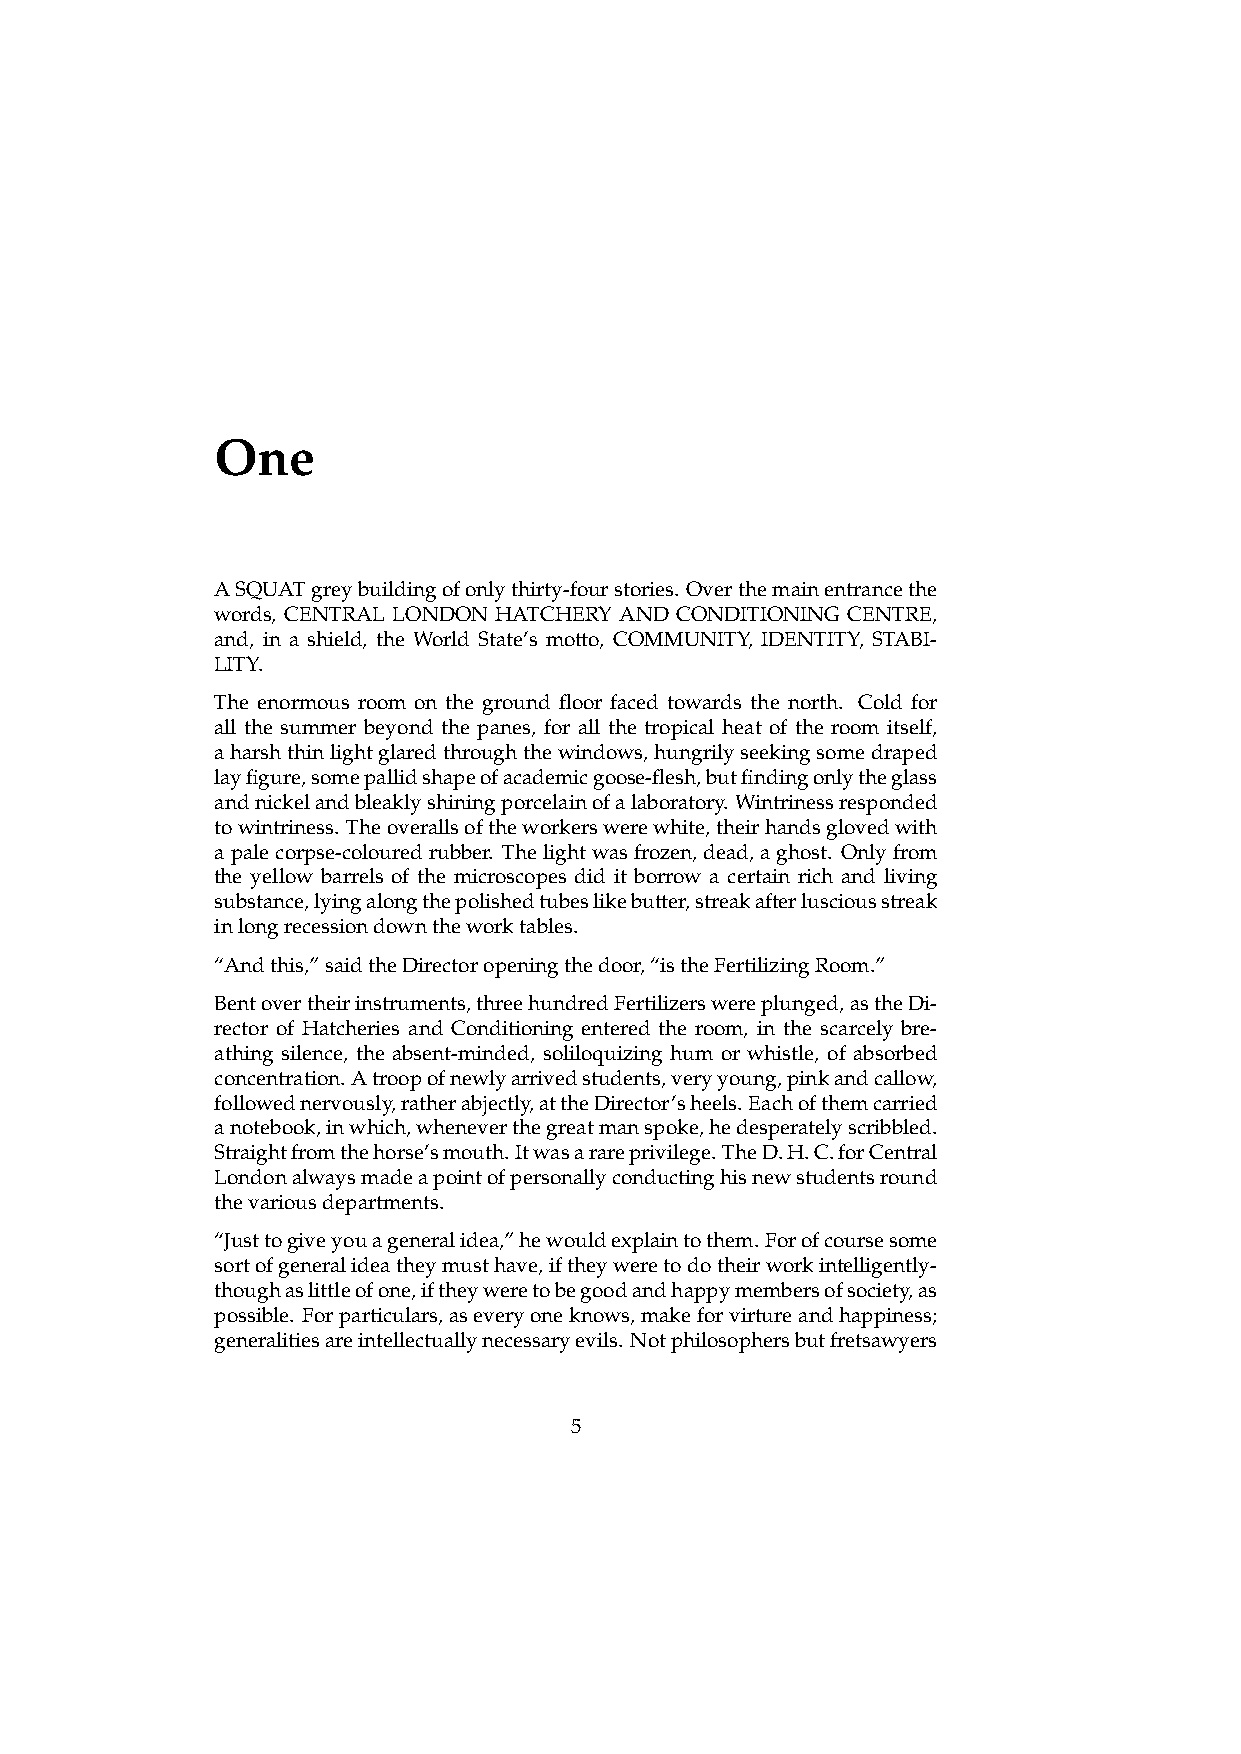
One
 ASQUATgreybuildingofonlythirty-fourstories. Overthemainentrancethe
 words, CENTRAL LONDON HATCHERY AND CONDITIONING CENTRE,
 and, in a shield, the World State’s motto, COMMUNITY, IDENTITY, STABI-
 LITY.
 The enormous room on the ground floor faced towards the north. Cold for
 all the summer beyond the panes, for all the tropical heat of the room itself,
 aharshthinlightglaredthroughthewindows,hungrilyseekingsomedraped
 layfigure,somepallidshapeofacademicgoose-flesh,butfindingonlytheglass
 andnickelandbleaklyshiningporcelainofalaboratory. Wintrinessresponded
 towintriness. Theoverallsoftheworkerswerewhite,theirhandsglovedwith
 apalecorpse-colouredrubber. Thelightwasfrozen,dead,aghost. Onlyfrom
 the yellow barrels of the microscopes did it borrow a certain rich and living
 substance,lyingalongthepolishedtubeslikebutter,streakafterlusciousstreak
 inlongrecessiondowntheworktables.
 “Andthis,”saidtheDirectoropeningthedoor,“istheFertilizingRoom.”
 Bentovertheirinstruments,threehundredFertilizerswereplunged,astheDi-
 rector of Hatcheries and Conditioning entered the room, in the scarcely bre-
 athing silence, the absent-minded, soliloquizing hum or whistle, of absorbed
 concentration. Atroopofnewlyarrivedstudents,veryyoung,pinkandcallow,
 followednervously,ratherabjectly,attheDirector’sheels. Eachofthemcarried
 anotebook,inwhich,wheneverthegreatmanspoke,hedesperatelyscribbled.
 Straightfromthehorse’smouth.Itwasarareprivilege.TheD.H.C.forCentral
 Londonalwaysmadeapointofpersonallyconductinghisnewstudentsround
 thevariousdepartments.
 “Justtogiveyouageneralidea,”hewouldexplaintothem. Forofcoursesome
 sortofgeneralideatheymusthave,iftheyweretodotheirworkintelligently-
 thoughaslittleofone,iftheyweretobegoodandhappymembersofsociety,as
 possible. Forparticulars,aseveryoneknows,makeforvirtureandhappiness;
 generalitiesareintellectuallynecessaryevils. Notphilosophersbutfretsawyers
 5